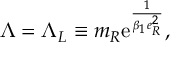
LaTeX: \Lambda = \Lambda _ { L } \equiv m _ { R } \mathrm { e } ^ { \frac { 1 } { \beta _ { 1 } e _ { R } ^ { 2 } } } ,